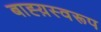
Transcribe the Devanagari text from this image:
बाह्य़स्वरूप